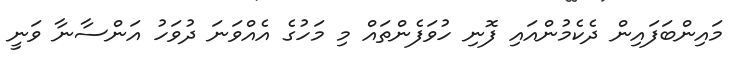
މައިންބަފައިން ދެކެމުންއައި ފޮނި ހުވަފެންތައް މި މަހުގެ އެއްވަނަ ދުވަހު އަންސާނާ ވަނީ